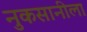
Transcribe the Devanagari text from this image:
नुकसानीला